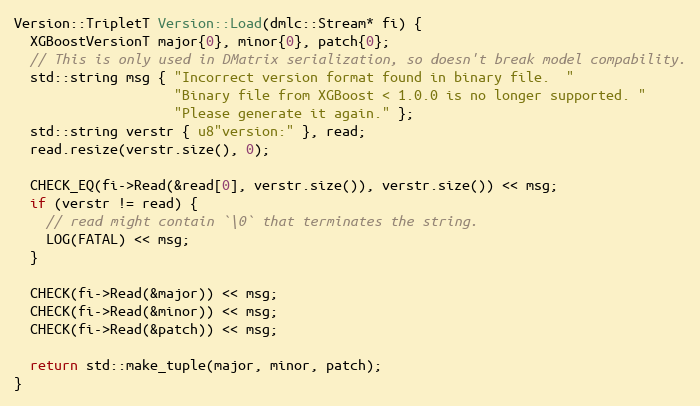
Language: C++
Version::TripletT Version::Load(dmlc::Stream* fi) {
  XGBoostVersionT major{0}, minor{0}, patch{0};
  // This is only used in DMatrix serialization, so doesn't break model compability.
  std::string msg { "Incorrect version format found in binary file.  "
                    "Binary file from XGBoost < 1.0.0 is no longer supported. "
                    "Please generate it again." };
  std::string verstr { u8"version:" }, read;
  read.resize(verstr.size(), 0);

  CHECK_EQ(fi->Read(&read[0], verstr.size()), verstr.size()) << msg;
  if (verstr != read) {
    // read might contain `\0` that terminates the string.
    LOG(FATAL) << msg;
  }

  CHECK(fi->Read(&major)) << msg;
  CHECK(fi->Read(&minor)) << msg;
  CHECK(fi->Read(&patch)) << msg;

  return std::make_tuple(major, minor, patch);
}